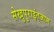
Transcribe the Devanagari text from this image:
सेखुपुराइंतजाम